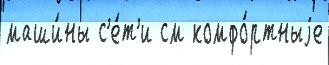
маши́ны с'е́т'и см комфо́ртныjе